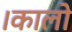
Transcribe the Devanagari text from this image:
।कालो